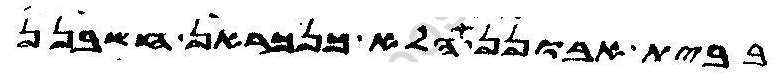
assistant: בבית אבונן הלא כנכראן חשבנן